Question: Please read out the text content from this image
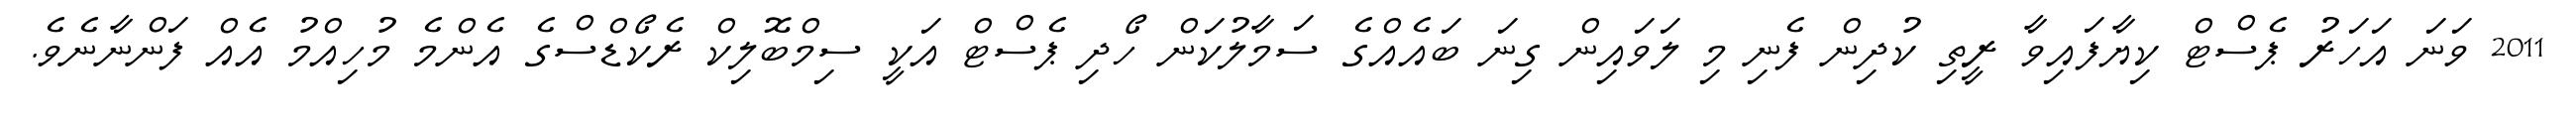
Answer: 2011 ވަނަ އަހަރު ޕެސްޓް ކިޔާފައިވާ ރީތި ކުދިން ފެނި މި ލަވައިން ގިނަ ބައެއްގެ ސަމާލުކަން ހޯދި ޕެސްޓް އަކީ ސިމްބޮލިކް ރެކޯޑްސްގެ އެންމެ މުހިއްމު އެއް ފަންނާނެވެ.